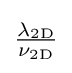
{\tfrac {\lambda _{\mathrm {2D} }}{\nu _{\mathrm {2D} }}}